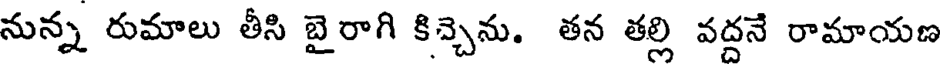
నున్న రుమాలు తీసి బైరాగి కిచ్చెను. తన తల్లి వద్దనే రామాయణ